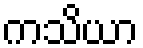
ကသိယာ